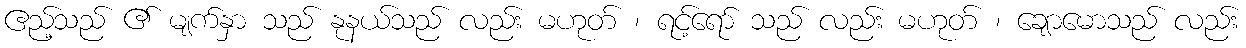
ဧည့်သည် ၏ မျက်နှာ သည် နုနယ်သည် လည်း မဟုတ် ၊ ရင့်ရော် သည် လည်း မဟုတ် ၊ ချောမောသည် လည်း